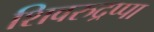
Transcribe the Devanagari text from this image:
शिवरुद्रप्पा